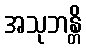
အသုဘန္တိ